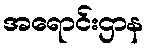
အရောင်းဌာန